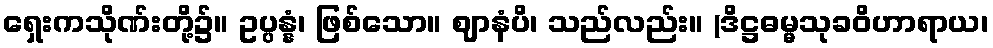
ရှေးကသိုဏ်းတို့၌။ ဥပ္ပန္နံ၊ ဖြစ်သော။ ဈာနံပိ၊ သည်လည်း။ (ဒိဋ္ဌဓမ္မသုခဝိဟာရာယ၊